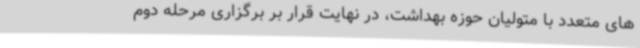
های متعدد با متولیان حوزه بهداشت، در نهایت قرار بر برگزاری مرحله دوم